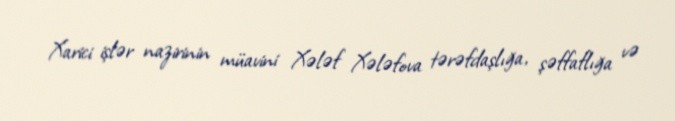
Xarici işlər nazirinin müavini Xələf Xələfova tərəfdaşlığa, şəffaflığa və